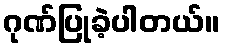
ဂုဏ်ပြုခဲ့ပါတယ်။